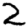
Digit: 2